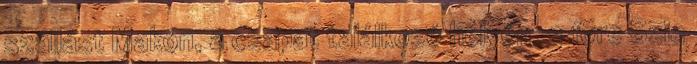
szállást Makón, a csapat találkozó helyén, 3 fõre Szia